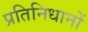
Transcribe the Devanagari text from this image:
प्रतिनिधानों